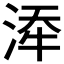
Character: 𪶍